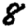
Digit: 8